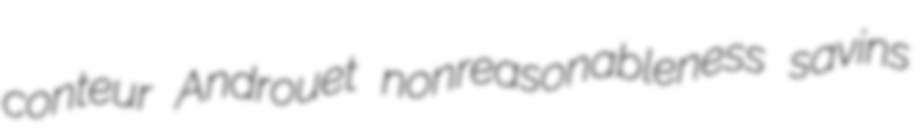
conteur Androuet nonreasonableness savins